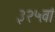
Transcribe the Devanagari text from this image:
३२५वां